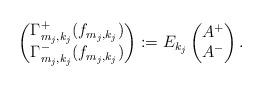
LaTeX: \begin{align*}\begin{pmatrix}\Gamma_{m_j,k_j}^+(f_{m_j,k_j})\\\Gamma_{m_j,k_j}^-(f_{m_j,k_j})\end{pmatrix}:=E_{k_j}\begin{pmatrix}A^+\\ A^- \end{pmatrix}.\end{align*}